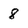
Character: 8